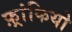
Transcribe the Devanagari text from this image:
फ़्रांकियो